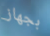
بجهاز